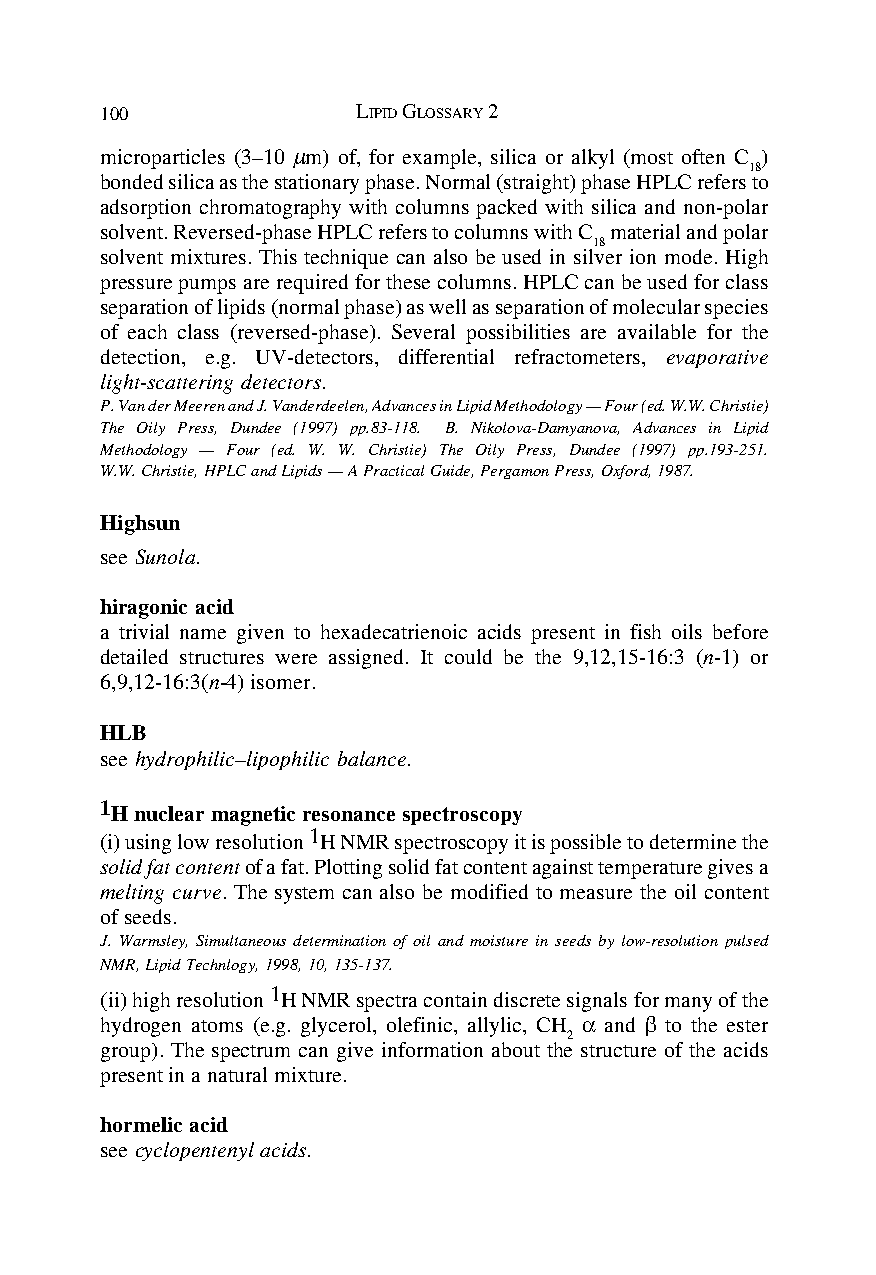
100              LIPID GLOSSARY 2
 microparticles (3–10 µm) of, for example, silica or alkyl (most often C )
 18
 bonded silica as the stationary phase. Normal (straight) phase HPLC refers to
 adsorption chromatography with columns packed with silica and non-polar
 solvent. Reversed-phase HPLC refers to columns with C material and polar
 18
 solvent mixtures. This technique can also be used in silver ion mode. High
 pressure pumps are required for these columns. HPLC can be used for class
 separation of lipids (normal phase) as well as separation of molecular species
 of each class (reversed-phase). Several possibilities are available for the
 detection, e.g. UV-detectors, differential refractometers, evaporative
 light-scattering detectors.
 P. Van der Meeren and J. Vanderdeelen, Advances in Lipid Methodology — Four (ed. W.W. Christie)
 The Oily Press, Dundee (1997) pp.83-118. B. Nikolova-Damyanova, Advances in Lipid
 Methodology — Four (ed. W. W. Christie) The Oily Press, Dundee (1997) pp.193-251.
 W.W. Christie, HPLC and Lipids — A Practical Guide, Pergamon Press, Oxford, 1987.
 Highsun
 see Sunola.
 hiragonic acid
 a trivial name given to hexadecatrienoic acids present in fish oils before
 detailed structures were assigned. It could be the 9,12,15-16:3 (n-1) or
 6,9,12-16:3(n-4) isomer.
 HLB
 see hydrophilic–lipophilic balance.
 1H nuclear magnetic resonance spectroscopy
 (i) using low resolution 1H NMR spectroscopy it is possible to determine the
 solid fat content of a fat. Plotting solid fat content against temperature gives a
 melting curve. The system can also be modified to measure the oil content
 of seeds.
 J. Warmsley, Simultaneous determination of oil and moisture in seeds by low-resolution pulsed
 NMR, Lipid Technlogy, 1998, 10, 135-137.
 (ii) high resolution 1H NMR spectra contain discrete signals for many of the
 hydrogen atoms (e.g. glycerol, olefinic, allylic, CH α and β to the ester
 2
 group). The spectrum can give information about the structure of the acids
 present in a natural mixture.
 hormelic acid
 see cyclopentenyl acids.